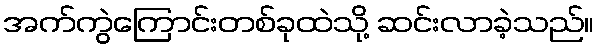
အက်ကွဲကြောင်းတစ်ခုထဲသို့ ဆင်းလာခဲ့သည်။